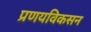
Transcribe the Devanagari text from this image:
प्रणयविकसन